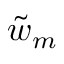
\tilde { w } _ { m }